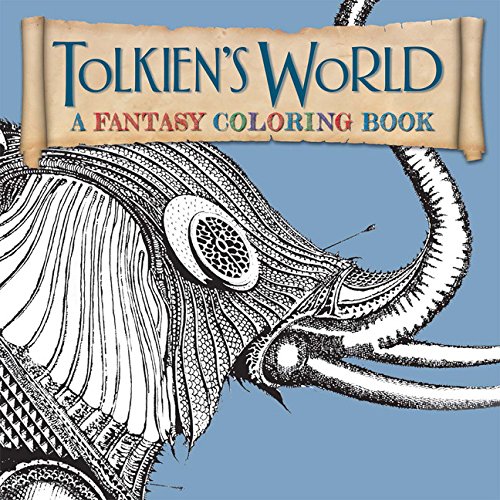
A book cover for Tolkien's World: A Fantasy Coloring Book; Humor & Entertainment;